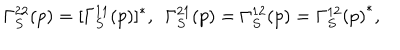
\Gamma _ { S } ^ { 2 2 } ( p ) = [ \Gamma _ { S } ^ { 1 1 } ( p ) ] ^ { * } , \ \ \Gamma _ { S } ^ { 2 1 } ( p ) = \Gamma _ { S } ^ { 1 2 } ( p ) = { \Gamma _ { S } ^ { 1 2 } ( p ) } ^ { * } ,